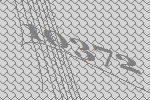
10372